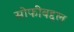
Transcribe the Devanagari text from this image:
सोफीबद्दल